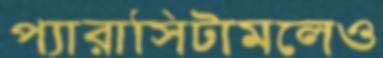
প্যারাসিটামলেও